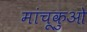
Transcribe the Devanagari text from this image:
मांचूकुओ